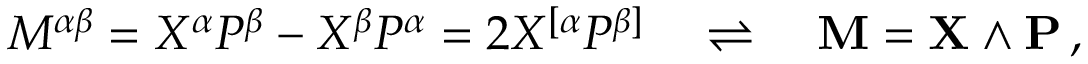
M ^ { \alpha \beta } = X ^ { \alpha } P ^ { \beta } - X ^ { \beta } P ^ { \alpha } = 2 X ^ { [ \alpha } P ^ { \beta ] } \quad \rightleftharpoons \quad \mathbf { M } = \mathbf { X } \wedge \mathbf { P } \, ,